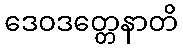
ဒေဝဒတ္တေနာတိ